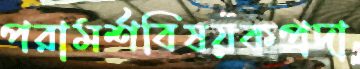
পরামর্শবিষয়কপ্রদা